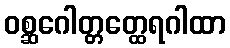
ဝစ္ဆဂေါတ္တတ္ထေရဂါထာ